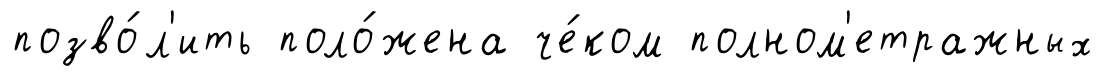
позво́л'ить поло́жена че́ком полном'етражных